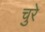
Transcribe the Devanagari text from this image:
चुरे